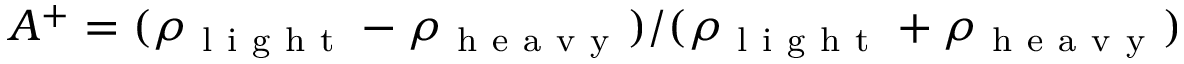
A ^ { + } = ( \rho _ { \mathrm { ~ l ~ i ~ g ~ h ~ t ~ } } - \rho _ { \mathrm { ~ h ~ e ~ a ~ v ~ y ~ } } ) / ( \rho _ { \mathrm { ~ l ~ i ~ g ~ h ~ t ~ } } + \rho _ { \mathrm { ~ h ~ e ~ a ~ v ~ y ~ } } )